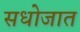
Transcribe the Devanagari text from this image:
सधोजात